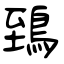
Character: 鵄